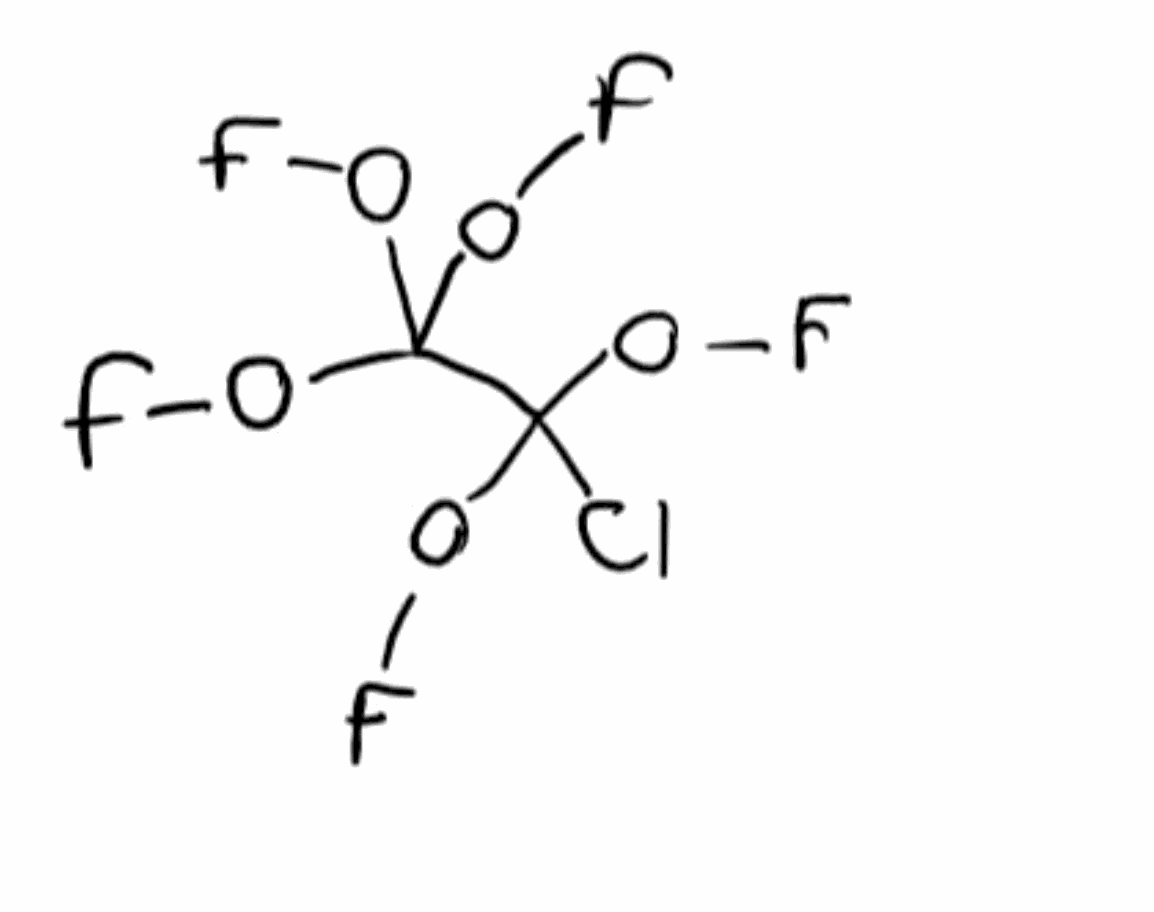
Simplified molecular-input line-entry system (SMILES) notation of the given molecule:
C(C(OF)(OF)Cl)(OF)(OF)OF